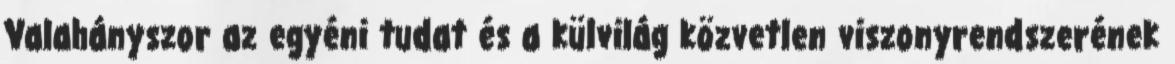
Valahányszor az egyéni tudat és a külvilág közvetlen viszonyrendszerének